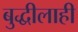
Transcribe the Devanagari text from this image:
बुद्धीलाही